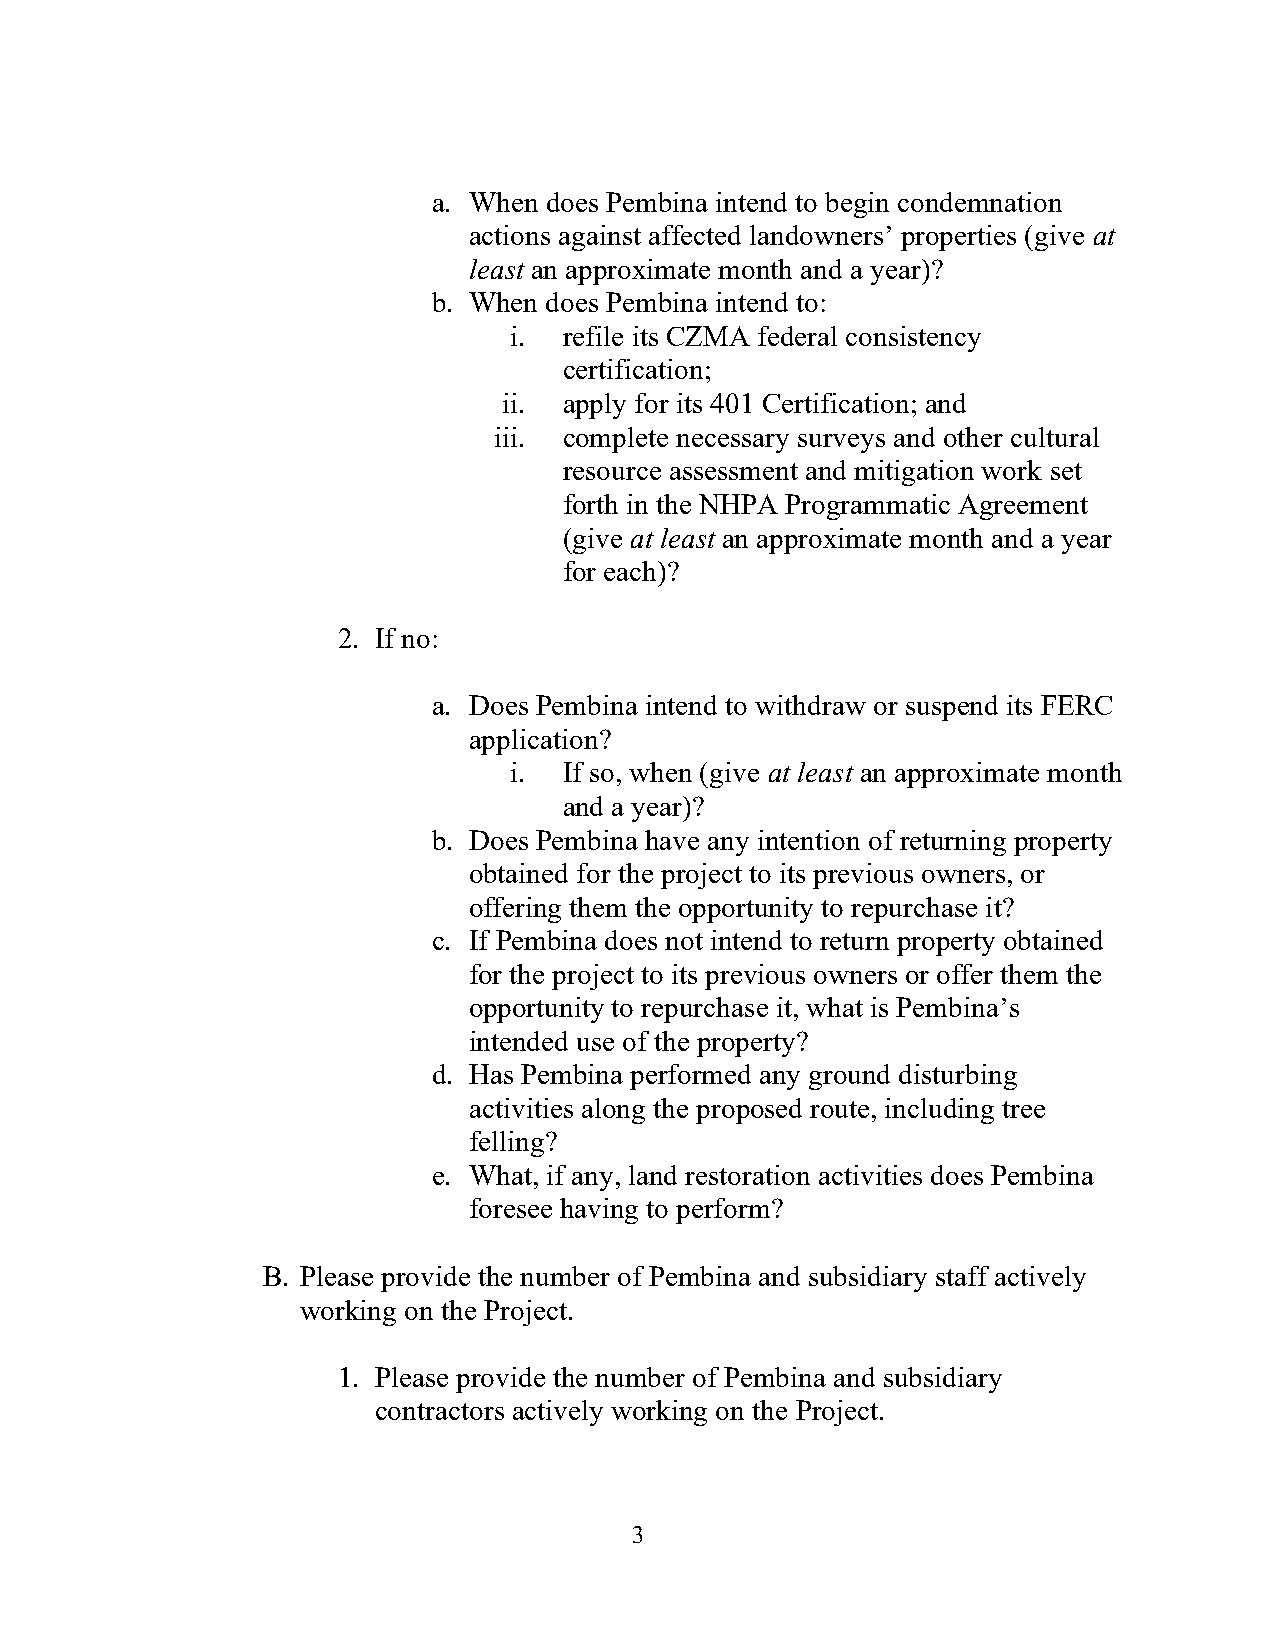
a. When does Pembina intend to begin condemnation
 actions against affected landowners’ properties (give at
 least an approximate month and a year)?
 b. When does Pembina intend to:
 i. refile its CZMA federal consistency
 certification;
 ii. apply for its 401 Certification; and
 iii. complete necessary surveys and other cultural
 resource assessment and mitigation work set
 forth in the NHPA Programmatic Agreement
 (give at least an approximate month and a year
 for each)?
 2. If no:
 a. Does Pembina intend to withdraw or suspend its FERC
 application?
 i. If so, when (give at least an approximate month
 and a year)?
 b. Does Pembina have any intention of returning property
 obtained for the project to its previous owners, or
 offering them the opportunity to repurchase it?
 c. If Pembina does not intend to return property obtained
 for the project to its previous owners or offer them the
 opportunity to repurchase it, what is Pembina’s
 intended use of the property?
 d. Has Pembina performed any ground disturbing
 activities along the proposed route, including tree
 felling?
 e. What, if any, land restoration activities does Pembina
 foresee having to perform?
 B. Please provide the number of Pembina and subsidiary staff actively
 working on the Project.
 1. Please provide the number of Pembina and subsidiary
 contractors actively working on the Project.
 3